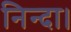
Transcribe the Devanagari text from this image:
निन्दा।